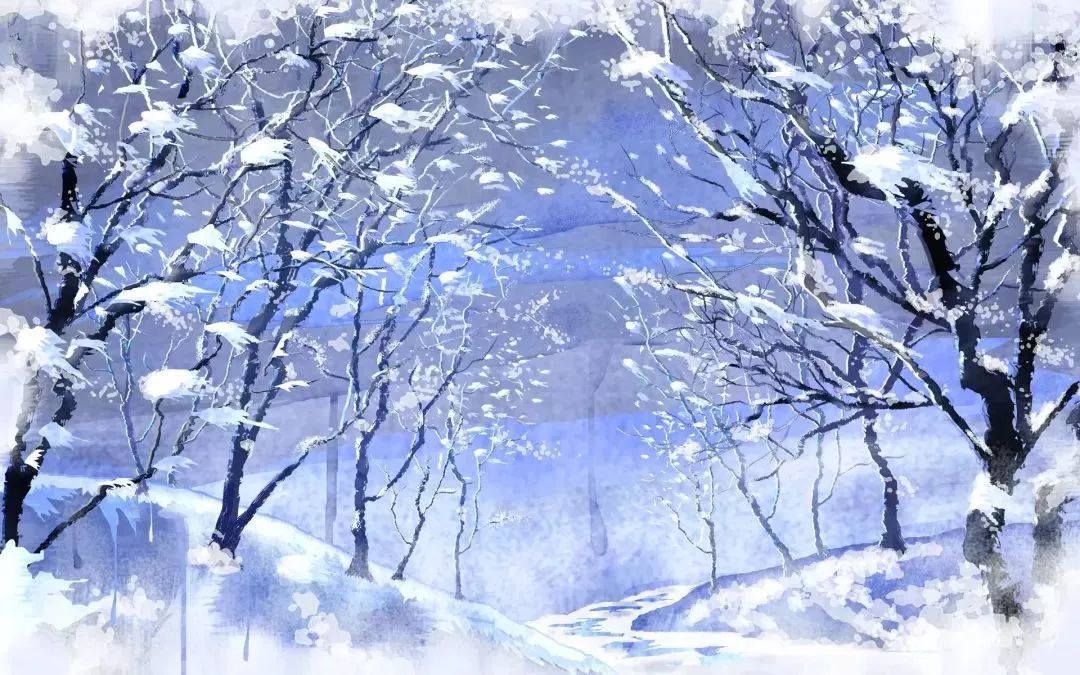
夜寒不近流苏，只怜他后庭梅瘦。